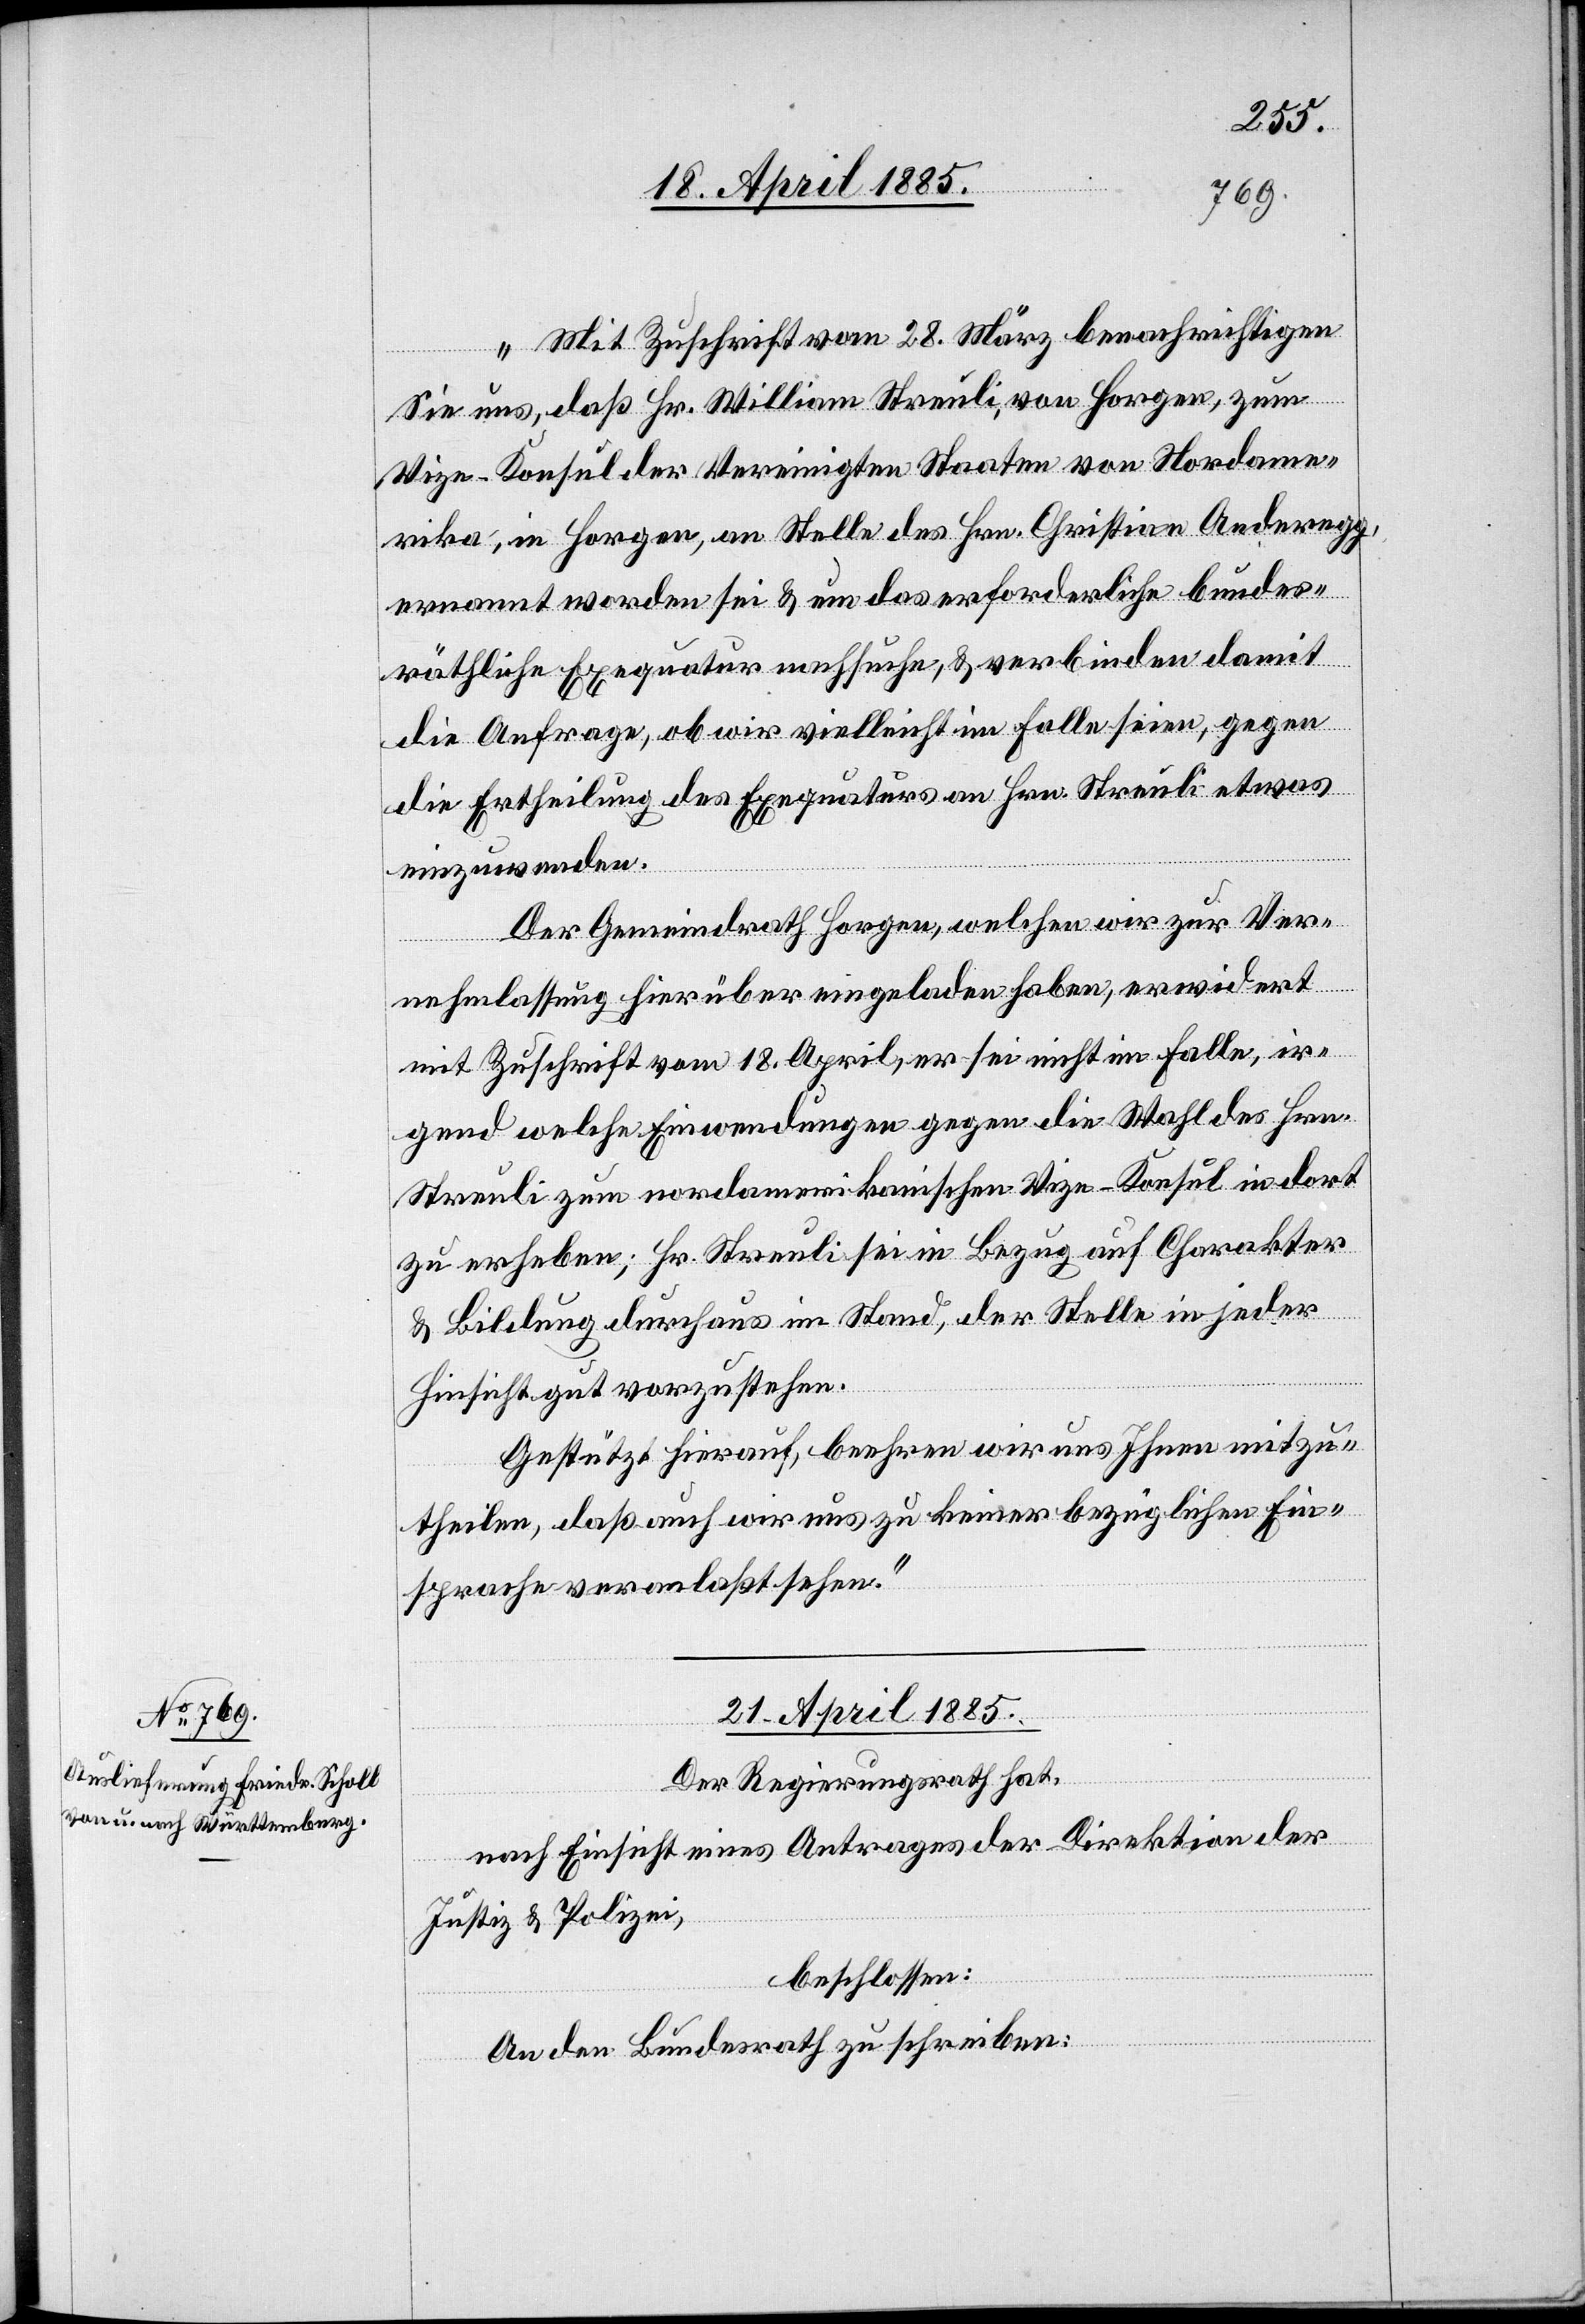
„Mit Zuschrift vom 28. März benachrichtigen
Sie uns, daß Hr. William Streuli, von Horgen, zum
Vize-Konsul der Vereinigten Staaten von Nordame¬
rika, in Horgen, an Stelle des Hrn. Christan Anderegg,
ernannt worden sei & um das erforderliche bundes¬
räthliche Exequatur nachsuche, & verbinden damit
die Anfrage, ob wir vielleicht im Falle seien, gegen
die Ertheilung des Exequaturs an Hrn. Streuli etwas
einzuwenden.
Der Gemeindrath Horgen, welchen wir zur Ver¬
nehmlassung hierüber eingeladen haben, erwidert
mit Zuschrift vom 18. April, er sei nicht im Falle, ir¬
gend welche Einwendungen gegen die Wahl des Hrn.
Streuli zum nordamerikanischen Vize-Konsul in dort
zu erheben; Hr. Streuli sei in Bezug auf Charakter
& Bildung durchaus im Stand, der Stelle in jeder
Hinsicht vorzustehen.
Gestützt hierauf, beehren wir uns Ihnen mitzu¬
theilen, daß auch wir uns zu keiner bezüglichen Ein¬
sprache veranlaßt sehen.“
21. April 1885.
Der Regierungsrath hat,
nach Einsicht eines Antrages der Direktion der
Justiz & Polizei,
beschlossen:
An den Bundesrath zu schreiben: